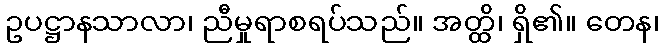
ဥပဋ္ဌာနသာလာ၊ ညီမှုရာစရပ်သည်။ အတ္ထိ၊ ရှိ၏။ တေန၊